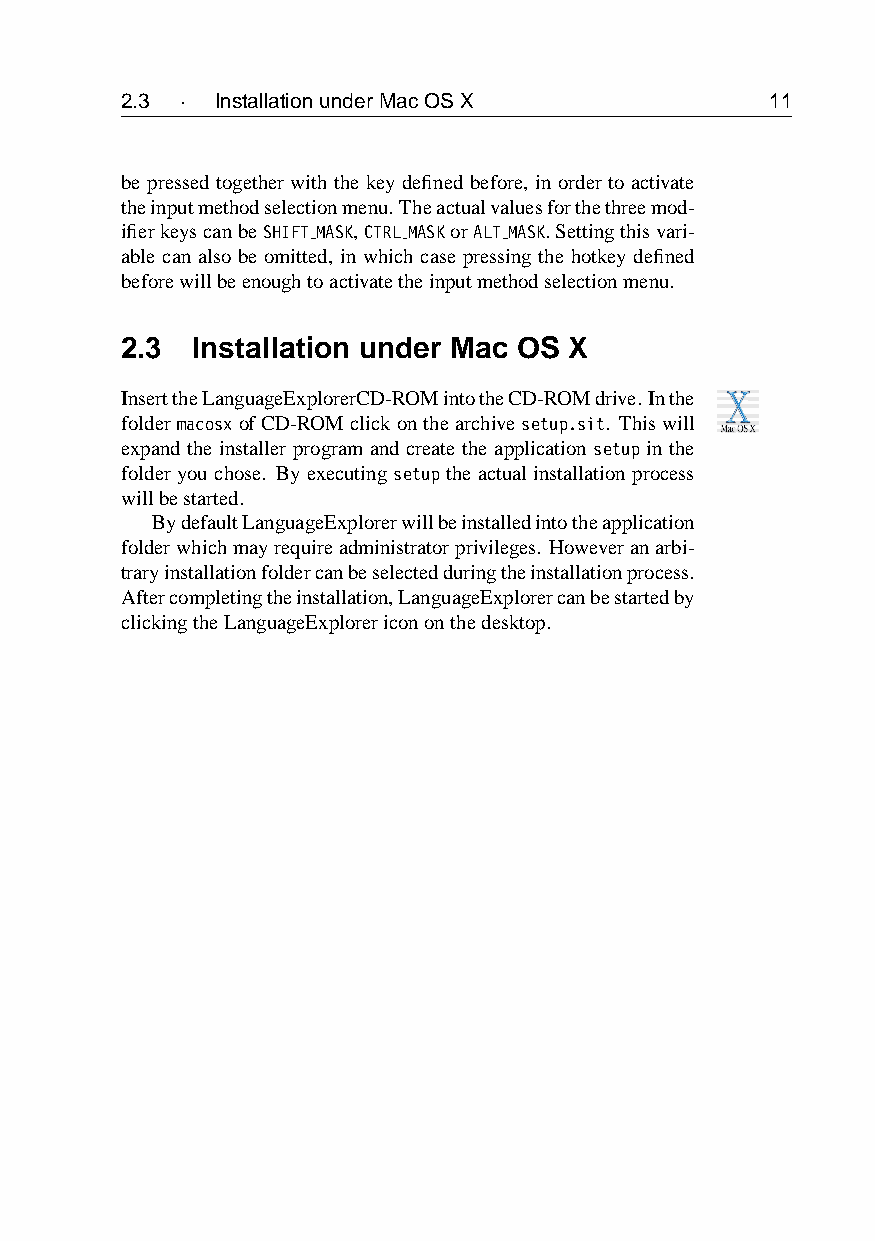
2.3 · InstallationunderMacOSX              11
 be pressed together with the key defined before, in order to activate
 theinputmethodselectionmenu.Theactualvaluesforthethreemod-
 ifierkeyscanbeSHIFT MASK,CTRL MASKorALT MASK.Settingthisvari-
 able can also be omitted, in which case pressing the hotkey defined
 beforewillbeenoughtoactivatetheinputmethodselectionmenu.
 2.3  Installation under Mac OS X
 InserttheLanguageExplorerCD-ROMintotheCD-ROMdrive.Inthe
 foldermacosxofCD-ROMclickonthearchivesetup.sit. Thiswill
 expand the installer program and create the application setup in the
 folderyouchose. Byexecutingsetuptheactualinstallationprocess
 willbestarted.
 BydefaultLanguageExplorerwillbeinstalledintotheapplication
 folderwhichmayrequireadministratorprivileges. Howeveranarbi-
 traryinstallationfoldercanbeselectedduringtheinstallationprocess.
 Aftercompletingtheinstallation,LanguageExplorercanbestartedby
 clickingtheLanguageExplorericononthedesktop.